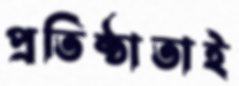
প্রতিষ্ঠাতাই